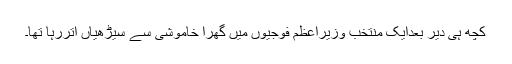
کچھ ہی دیر بعدایک منتخب وزیراعظم فوجیوں میں گھرا خاموشی سے سیڑھیاں اتررہا تھا۔